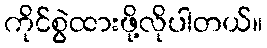
ကိုင်စွဲထားဖို့လိုပါတယ်။